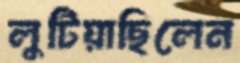
লুটিয়াছিলেন